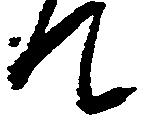
て